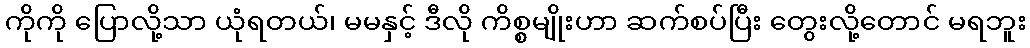
ကိုကို ပြောလို့သာ ယုံရတယ်၊ မမနှင့် ဒီလို ကိစ္စမျိုးဟာ ဆက်စပ်ပြီး တွေးလို့တောင် မရဘူး